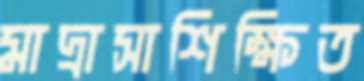
মাদ্রাসাশিক্ষিত